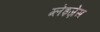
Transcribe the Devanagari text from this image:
ग्लेइज़ेस